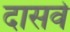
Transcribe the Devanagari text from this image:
दासवे